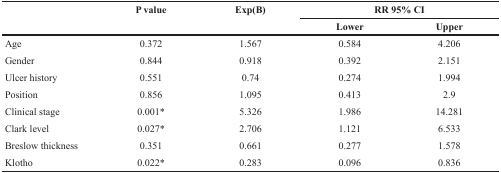
| <ROWSPAN=2>  | <ROWSPAN=2> P value | <ROWSPAN=2> Exp(B) | <COLSPAN=2> RR 95% CI |
 | Lower | Upper |
 | --- | --- | --- | --- | --- |
 | Age | 0.372 | 1.567 | 0.584 | 4.206 |
 | Gender | 0.844 | 0.918 | 0.392 | 2.151 |
 | Ulcer history | 0.551 | 0.74 | 0.274 | 1.994 |
 | Position | 0.856 | 1.095 | 0.413 | 2.9 |
 | Clinical stage | 0.001* | 5.326 | 1.986 | 14.281 |
 | Clark level | 0.027* | 2.706 | 1.121 | 6.533 |
 | Breslow thickness | 0.351 | 0.661 | 0.277 | 1.578 |
 | Klotho | 0.022* | 0.283 | 0.096 | 0.836 |